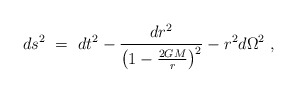
\begin{align*}ds^2~=~dt^2 - \frac{dr^2}{\left(1 - \frac{2GM}{r}\right)^2} -r^2d\Omega^2 ~,\end{align*}